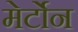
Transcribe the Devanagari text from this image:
मेर्टोन